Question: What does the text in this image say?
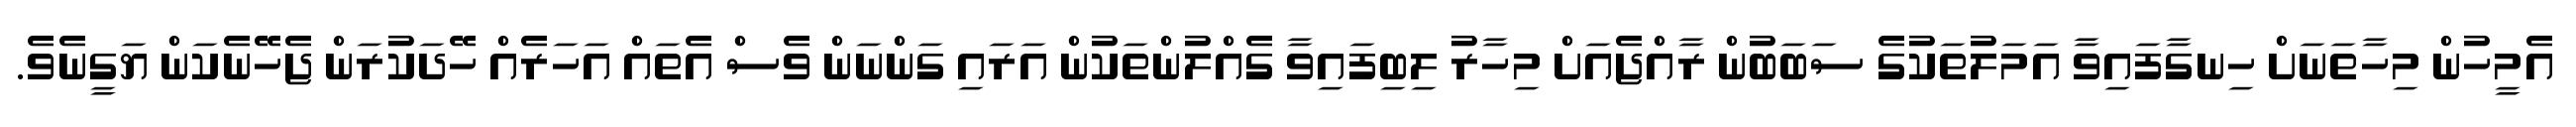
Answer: އެމީހުން މިހާތަނަށް ހިނގާފައިވާ އަމަލުތަކުގެ ސަބަބުން ރާއްޖެއަށް މިހާރު ލިބިފައިވާ ގެއްލުންތަކުން އަރައި ގަންނަން ވެސް އެތައް އަހަރެއް ހޭދަކުރަން ޖެހޭނެކަން ޔަގީނެވެ.